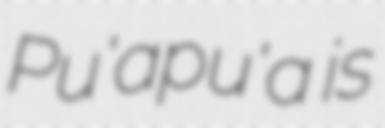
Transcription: Pu'apu'a is